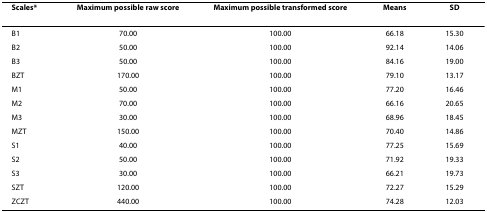
<table><thead><tr><td><b>Scales*</b></td><td><b>Maximum possible raw score</b></td><td><b>Maximum possible transformed score</b></td><td><b>Means</b></td><td><b>SD</b></td></tr></thead><tbody><tr><td>B1</td><td>70.00</td><td>100.00</td><td>66.18</td><td>15.30</td></tr><tr><td>B2</td><td>50.00</td><td>100.00</td><td>92.14</td><td>14.06</td></tr><tr><td>B3</td><td>50.00</td><td>100.00</td><td>84.16</td><td>19.00</td></tr><tr><td>BZT</td><td>170.00</td><td>100.00</td><td>79.10</td><td>13.17</td></tr><tr><td>M1</td><td>50.00</td><td>100.00</td><td>77.20</td><td>16.46</td></tr><tr><td>M2</td><td>70.00</td><td>100.00</td><td>66.16</td><td>20.65</td></tr><tr><td>M3</td><td>30.00</td><td>100.00</td><td>68.96</td><td>18.45</td></tr><tr><td>MZT</td><td>150.00</td><td>100.00</td><td>70.40</td><td>14.86</td></tr><tr><td>S1</td><td>40.00</td><td>100.00</td><td>77.25</td><td>15.69</td></tr><tr><td>S2</td><td>50.00</td><td>100.00</td><td>71.92</td><td>19.33</td></tr><tr><td>S3</td><td>30.00</td><td>100.00</td><td>66.21</td><td>19.73</td></tr><tr><td>SZT</td><td>120.00</td><td>100.00</td><td>72.27</td><td>15.29</td></tr><tr><td>ZCZT</td><td>440.00</td><td>100.00</td><td>74.28</td><td>12.03</td></tr></tbody></table>